Reports on military cantonments and civil stations in the Presidency of Bombay inspected by the Sanitary Commissioner in the years 1875 and 1876
Year: 1875
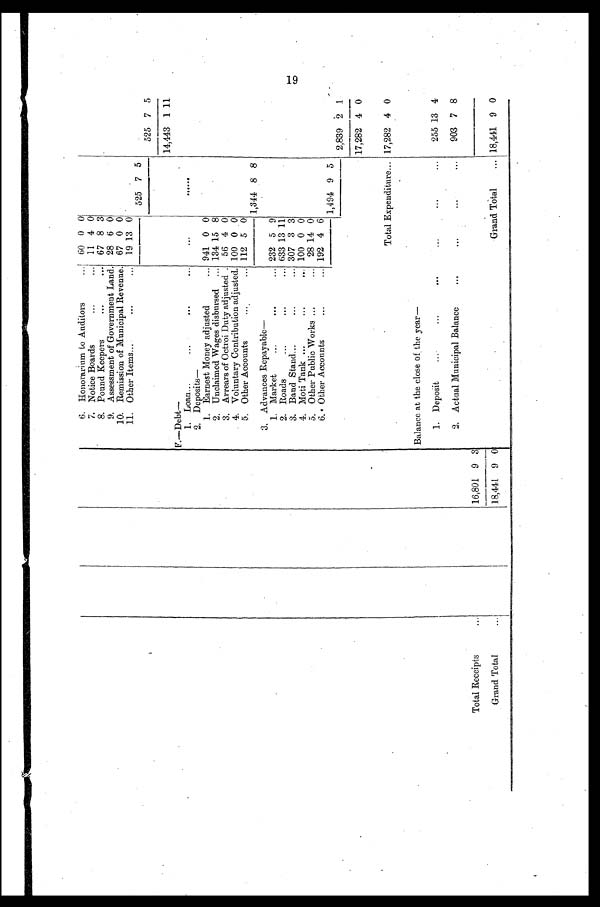
6. Honorarium to Auditors
60 0 0
7. Notice Boards
11 4 0
8. Pound Keepers
67 8 3
9. Assessment of Government Land. 28 6 0
10. Remission of Municipal Revenue. 67 0 0
11. Other Items
19 13 0
525 7 5
525 7
5
14,443 1 11
F.—Debt—
1. Loan
. . .
......
2. Deposits —
1. Earnest Money adjusted
941 0 0
2. Unclaimed Wages disbursed
134 15 8
3. Arrears of Octroi Duty adjusted. 56 4 0
4. Voluntary Contribution adjusted. 100 0 0
5. Other Accounts
112 5 0
1,344 8 8
3. Advances Repayable
—
1. Market
232 5 9
2. Roads
633 13 11
3. Band Stand
307 3 3
4. Moti Tank
100 0 0
5. Other Public Works
28 14 0
6. Other Accounts
192 4 6
1,494 9 5
2,839 2 1
17,282 4 0
Total Expenditure
Balance at the close of the year—
17,282 4 0
1. Deposit
. . .
. . .
. . .
. . .
255 13 4
2. Actual Municipal Balance
...
. . .
...
...
903 7 8
Total Receipts
...
16,801 9 3
—
Grand Total
...
I
16,801
18,441 9 0
Grand Total
... 18,441 9 0
19